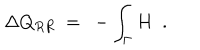
\Delta Q _ { R R } \ = \ - \int _ { \Gamma } H \ \ .